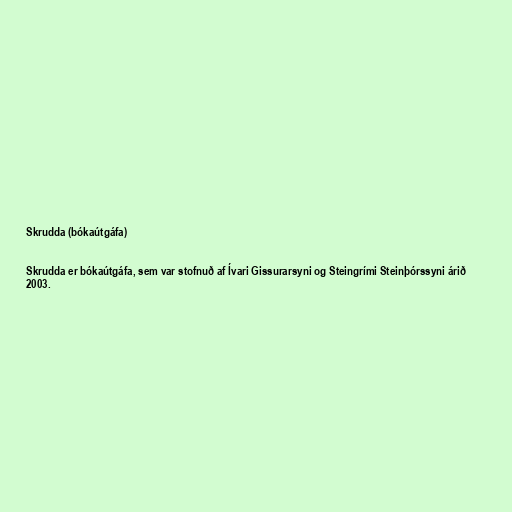
Skrudda (bókaútgáfa)

Skrudda er bókaútgáfa, sem var stofnuð af Ívari Gissurarsyni og Steingrími Steinþórssyni árið
2003.